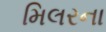
મિલરના